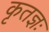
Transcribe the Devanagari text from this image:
कृतज्ञः